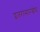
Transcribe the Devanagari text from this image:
इतरांसारखेच